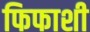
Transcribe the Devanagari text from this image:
फिफाशी